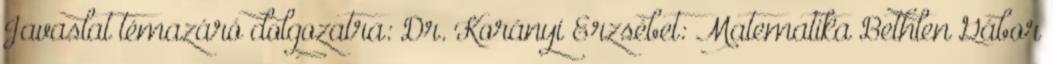
Javaslat témazáró dolgozatra: Dr. Korányi Erzsébet: Matematika Bethlen Gábor